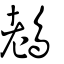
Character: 䳓